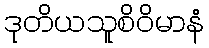
ဒုတိယသူစိဝိမာနံ